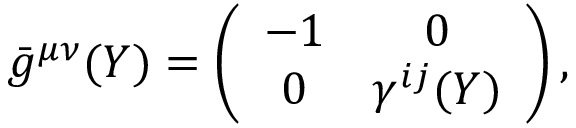
{ } \bar { g } ^ { \mu \nu } ( Y ) = \left( \begin{array} { c c } { { - 1 } } & { { 0 } } \\ { { 0 } } & { { \gamma ^ { i j } ( Y ) } } \end{array} \right) ,